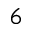
_ 6